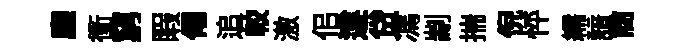
廳衝窮睱僊追較激佀遵贷馮剬揣倪怦繻諳商